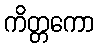
ကိတ္တကော